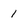
Character: 1